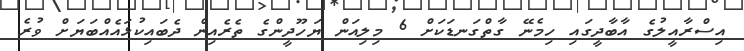
އިސްރާއީލުގެ އާބާދީގައި ހިމެނޭ ގާތްގަނޑަކަށް 6 މިލިއަން ޔަހޫދީންގެ ތެރެއިން ދެބައިކުޅައެއްބަޔަށް ވުރެ